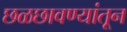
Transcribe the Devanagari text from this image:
छळछावण्यांतून